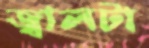
জ্বালটা